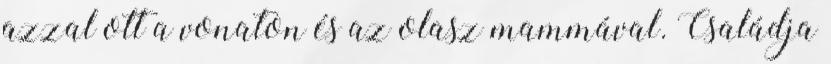
azzal ott a vonaton és az olasz mammával. Családja